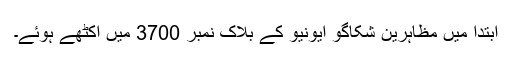
ابتدا میں مظاہرین شکاگو ایونیو کے بلاک نمبر 3700 میں اکٹھے ہوئے۔